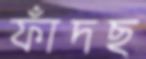
ফাঁদছ